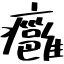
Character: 癰